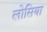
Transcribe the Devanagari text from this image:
लोसिया